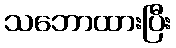
သဘောထားပြီး